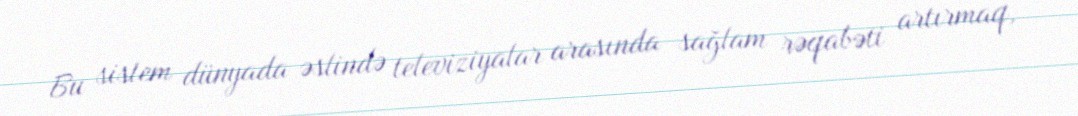
Bu sistem dünyada əslində televiziyalar arasında sağlam rəqabəti artırmaq,